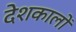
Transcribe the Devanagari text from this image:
देशकालों